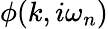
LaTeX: \phi(k,i\omega_{n})